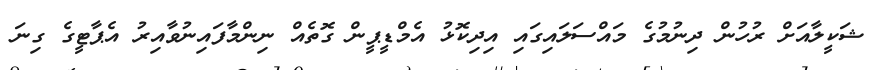
ޝަކީލާއަށް ރުހުން ދިނުމުގެ މައްސަލައިގައި އިދިކޮޅު އެމްޑީޕީން ގޮތެއް ނިންމާފައިނުވާއިރު އެޕާޓީގެ ގިނަ